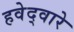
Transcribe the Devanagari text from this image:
हवेद्वारे